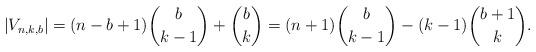
LaTeX: \begin{align*}|V_{n,k,b}|=(n-b+1)\binom{b}{k-1}+\binom{b}{k}=(n+1)\binom{b}{k-1}-(k-1)\binom{b+1}{k}.\end{align*}